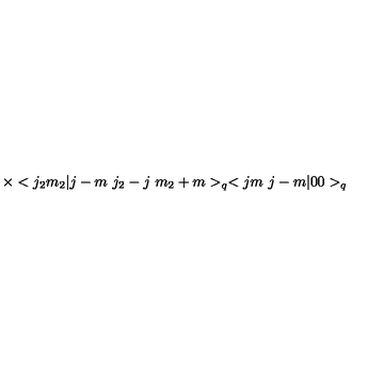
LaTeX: \times < j _ { 2 } m _ { 2 } | j - m \ j _ { 2 } - j \ m _ { 2 } + m > _ { q } < j m \ j - m | 0 0 > _ { q }